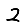
Digit: 2